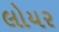
લોયર